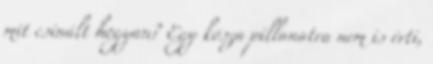
mit csinált hogyan? Egy kósza pillanatra nem is érti,